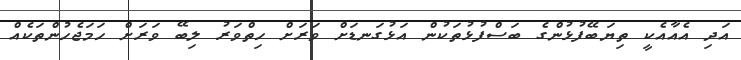
އަދި އެއާއެކީ ތިޔަބޭފުޅުންގެ ބަސްފުޅުތަކުން އަޅުގަނޑަށް ވަރަށް ހިތްވަރު ލިބޭ ވަރަށް ހަމަޖެހުންތަކެއް